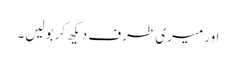
اور میری طرف دیکھ کر بولیں۔